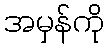
အမှန်ကို